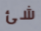
شئ